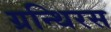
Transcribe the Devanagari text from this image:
ग्रन्थिरस